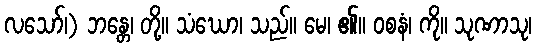
လသော်၊) ဘန္တေ၊ တို့။ သံဃော၊ သည်။ မေ၊ ၏။ ဝစနံ၊ ကို။ သုဏာသု၊